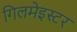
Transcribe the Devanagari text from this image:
गिलमेइस्टर